Report on the lunatic asylums under the Government of Bombay - 1904-1913
Year: 1904
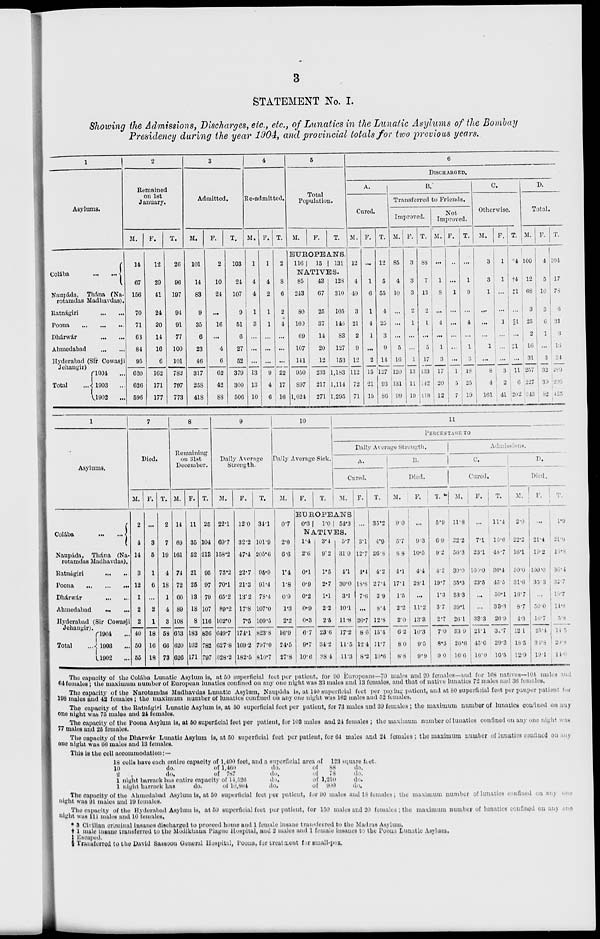
3
STATEMENT No. I.
Showing the Admissions, Discharges, etc., etc., of Lunatics in the Lunatic Asylums of the Bombay
Presidency during the year 1904, and provincial totals for two previous years.
1
Asylums.
Colába
... ...
Naupáda,
Thána (Narotamdas Madhavdas).
Ratnágiri
...
...
Poona ... ... ...
Dhárwár ... ...
Ahmedabad ... ...
Hyderabad (Sir Cowasji
Jehangir)
Total
1904 ...
1903 ...
1902 ...
2
Remained
on 1st
January.
M.
14
67
156
70
71
63
84
95
620
626
596
F.
12
29
41
24
20
14
16
6
162
171
177
T.
26
96
197
94
91
77
100
101
782
797
773
3
Admitted.
M.
101
14
83
9
35
6
23
46
317
258
418
F.
2
10
24
...
16
...
4
6
62
42
88
T.
103
24
107
9
51
6
27
52
379
300
506
4
Re-admitted.
M.
1
4
4
1
3
...
...
...
13
13
10
F.
1
4
2
1
1
...
...
...
9
4
6
T.
2
8
6
2
4
...
...
...
22
17
16
5
Total
Population.
M.
F.
T.
EUROPEANS.
116
85
243
80
109
69
107
141
950
897
1,024
15
43
67
25
37
14
20
12
233
217
271
131
128
310
105
146
83
127
153
1,183
1,114
1,295
6
DISCHARGED.
A.
Cured.
M.
12
4
49
3
21
2
9
12
112
72
71
F.
...
1
6
1
4
1
...
2
15
21
15
T.
12
5
55
4
25
3
9
14
127
93
86
B.
Transferred to Friends.
Improved.
M.
85
4
10
...
...
...
5
16
120
131
99
F.
3
3
3
2
1
...
...
1
13
11
19
T.
88
7
13
2
1
...
5
17
133
142
118
Not
Improved.
M.
...
1
8
...
4
...
1
3
17
20
12
F.
...
...
1
...
...
...
...
...
1
5
7
T.
...
1
9
...
4
...
1
3
18
25
19
C.
Otherwise.
M.
3
3
1
...
...
...
1
...
8
4
161
F.
1
1
...
...
1
...
...
...
3
2
41
T.
†4
†4
‡1
...
§1
...
‡1
...
11
6
202
D.
Total.
M.
100
12
68
3
25
2
16
31
257
227
243
F.
4
5
10
3
6
1
...
3
32
39
82
T.
104
17
78
6
31
3
16
34
289
266
325
1
Asylums.
Colába
... ...
Naupáda,
Thána (Narotamdas Madhavdas).
Ratnágiri
...
...
Poona ... ... ...
Dhárwár
...
...
Ahmedabad ... ...
Hyderabad (Sir Cowasji
Jehangir).
Total
1904 ...
1903 ...
1902 ...
7
Died.
M.
2
4
14
3
12
1
2
2
40
50
55
F.
...
3
5
1
6
...
2
1
18
16
18
T.
2
7
19
4
18
1
4
3
58
66
73
8
Remaining
on 31st
December.
M.
14
69
161
74
72
66
89
108
653
620
626
F.
11
35
52
21
25
13
18
8
183
162
171
T.
25
104
213
95
97
79
107
116
836
782
797
9
Daily Average
Strength.
M.
22.1
69.7
158.2
73.2
70.1
65.2
89.2
102.0
649.7
627.8
628.2
F.
12.0
32.2
47.4
22.7
21.3
13.2
17.8
7.5
174.1
169.2
182.5
T.
34.1
101.9
205.6
95.9
91.4
78.4
107.0
109.5
823.8
797.0
810.7
10
Daily Average Sick.
M.
0.7
2.0
6.6
1.4
1.8
0.9
1.3
2.2
16.9
24.5
27.8
F.
T.
11
PERCENTAGE TO
Daily Average Strength.
A.
Cured.
M.
EUROPEANS
0.3
1.4
2.6
0.1
0.9
0.2
0.9
0.3
6.7
9.7
10.6
1.0
3.4
9.2
1.5
2.7
1.1
2.2
2.5
23.6
34.2
38.4
54.3
5.7
31.0
4.1
30.0
3.1
10.1
11.8
17.2
11.5
11.3
F.
...
3.1
12.7
4.4
18.8
7.6
...
26.7
8.6
12.4
80.2
T.
35.2
4.9
26.8
4.2
27.4
3.9
8.4
12.8
15.4
11.7
10.6
B.
Died.
M.
9.0
5.7
8.8
4.1
17.1
1.5
2.2
2.0
6.2
8.0
8.8
F.
...
9.3
10.5
4.4
28.1
...
11.2
13.3
10.3
9.5
9.9
T.
5.9
6.9
9.2
4.2
19.7
1.3
3.7
2.7
7.0
8.3
9.0
Admissions.
C.
Cured.
M.
11.8
22.2
56.3
30.0
55.3
33.3
39.1
26.1
33.9
26.6
16.6
F.
...
7.1
23.1
100.0
23.5
...
...
33.3
21.1
45.6
16.0
T.
11.4
15.6
48.7
36.4
45.5
50.1
33.3
26.9
31.7
29.3
16.5
D.
Died.
M.
2.0
22.2
16.1
30.0
31.6
16.7
8.7
4.3
12.1
18.5
12.9
F.
...
21.4
19.2
100.0
35.3
...
50.0
16.7
25.4
34.8
19.1
T.
1.9
21.9
16.8
36.4
32.7
16.7
14.8
5.8
14.5
20.8
14.0
The capacity of the Colába Lunatic Asylum is, at 50 superficial feet per patient, for 90 Europeans—70 males and 20 females—and for 168 natives—104 males and
64 females; the maximum number of European lunatics confined on any one night was 33 males and 13 females, and that of native lunatics 72 males and 36 females.
The capacity of the Narotamdas Madhavdas Lunatic Asylum, Naupáda is, at 140 superficial feet per paying patient, and at 80 superficial feet per pauper patient for
198 males and 42 females; the maximum number of lunatics confined on any one night was 162 males and 52 females.
The capacity of the Ratnágiri Lunatic Asylum is, at 50 superficial feet per patient, for 73 males and 39 females; the maximum number of lunatics confined on any
one night was 75 males and 24 females.
The capacity of the Poona Asylum is, at 50 superficial feet per patient, for 103 males and 24 females ; the maximum number of lunatics confined on any one night was
77 males and 25 females.
The capacity of the Dharwár Lunatic Asylum is, at 50 superficial feet per patient, for 64 males and 24 females; the maximum number of lunatics confined on any
one night was 66 males and 13 females.
This is the cell accommodation:—
18 cells have each entire capacity of 1,490 feet, and a superficial area of
123 square feet.
10
do.
of 1,460
do.
of
88
do.
2
do.
of
787
do.
of
78
do.
1 night barrack has entire capacity of
14,526
do.
of
1,210
do.
1 night barrack has
do.
of
10,804
do.
of
900
do.
The capacity of the Ahmedabad Asylum is, at 50 superficial feet per patient, for 90 males and 18 females; the maximum number of lunatics confined on any one
night was 91 males and 19 females.
The capacity of the Hyderabad Asylum is, at 50 superficial feet per patient, for 150 males and 20 females ; the maximum number of lunatics confined on any one
night was 111 males and 10 females.
* 3 Civilian criminal insanes discharged to proceed home and 1 female insane transferred to the Madras Asylum.
† 1 male insane transferred to the Modikhana Plague Hospital, and 2 males and 1 female insanes to the Poona Lunatic Asylum.
‡ Escaped.
§ Transferred to the David Sassoon General Hospital, Poona, for treatment for small-pox.